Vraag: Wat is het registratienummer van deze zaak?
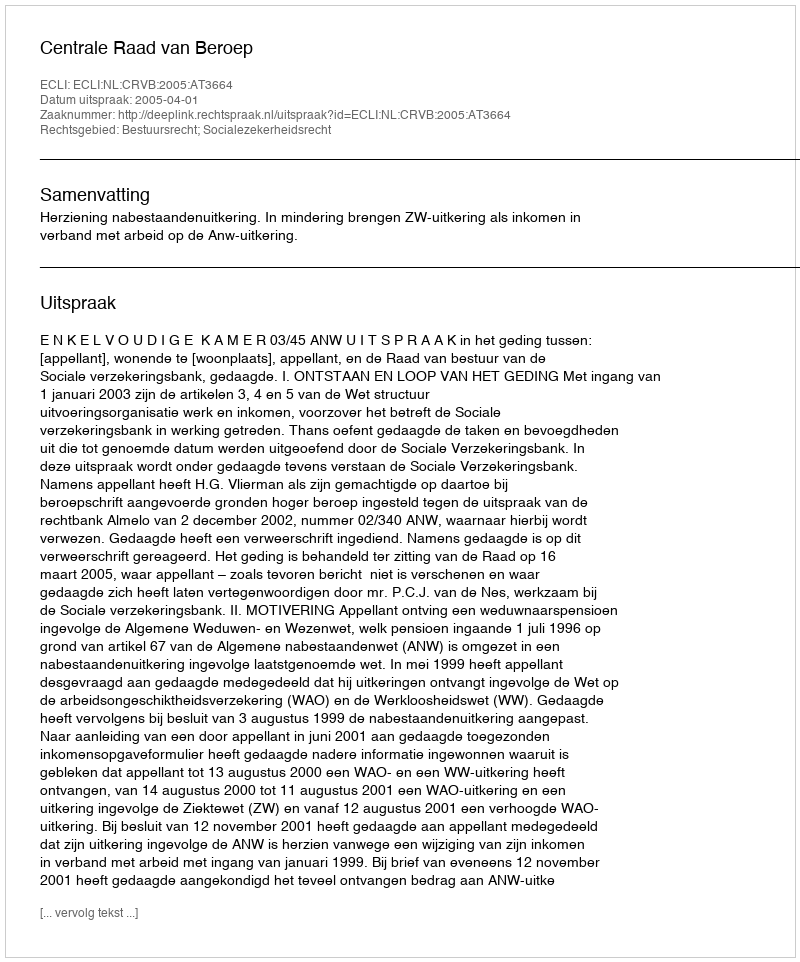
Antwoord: http://deeplink.rechtspraak.nl/uitspraak?id=ECLI:NL:CRVB:2005:AT3664